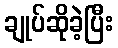
ချုပ်ဆိုခဲ့ပြီး